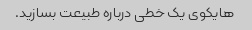
هایکوی یک خطی درباره طبیعت بسازید.